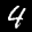
Label: 4